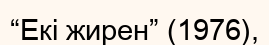
“Екі жирен” (1976),